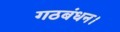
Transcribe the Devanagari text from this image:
गठबंधन।